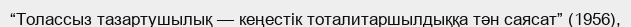
“Толассыз тазартушылық — кеңестік тоталитаршылдыққа тән саясат” (1956),